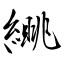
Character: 繉